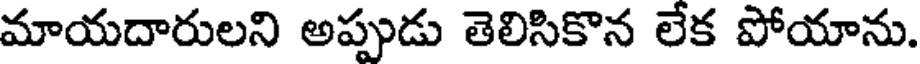
మాయదారులని అప్పుడు తెలిసికొన లేక పోయాను.